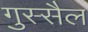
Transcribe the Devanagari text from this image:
गुस्सैल